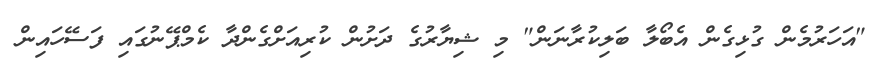
"އަހަރުމެން ގުޅިގެން އެބޯލާ ބަލިކުރާނަން" މި ޝިޔާރުގެ ދަށުން ކުރިއަށްގެންދާ ކެމްޕޭނުގައި ފަސޭހައިން